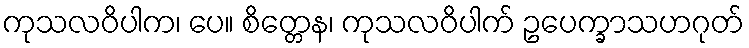
ကုသလဝိပါက၊ ပေ။ စိတ္တေန၊ ကုသလဝိပါက် ဥပေက္ခာသဟဂုတ်